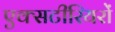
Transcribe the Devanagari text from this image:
एक्सटीरियरों